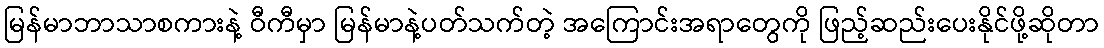
မြန်မာဘာသာစကားနဲ့ ဝီကီမှာ မြန်မာနဲ့ပတ်သက်တဲ့ အကြောင်းအရာတွေကို ဖြည့်ဆည်းပေးနိုင်ဖို့ဆိုတာ